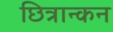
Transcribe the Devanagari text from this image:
छित्रान्कन